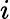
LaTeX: \textit{i}